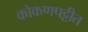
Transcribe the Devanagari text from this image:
कोकणपट्टीत